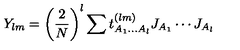
Y _ { l m } = \left( \frac { 2 } { N } \right) ^ { l } \sum t _ { A _ { 1 } \ldots A _ { l } } ^ { ( l m ) } J _ { A _ { 1 } } \cdots J _ { A _ { l } }